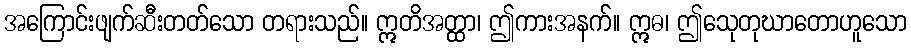
အကြောင်းဖျက်ဆီးတတ်သော တရားသည်။ ဣတိအတ္ထာ၊ ဤကားအနက်။ ဣဓ၊ ဤသေုတုဃာတောဟူသော